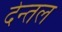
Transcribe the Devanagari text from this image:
देन्तल